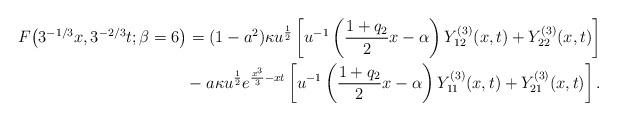
LaTeX: \begin{align*}F\big(3^{-1/3}x,3^{-2/3}t;\beta=6\big) = (1-a^2)\kappa u^{\frac{1}{2}}\left[u^{-1}\left(\frac{1+q_2}{2}x -\alpha\right)Y_{12}^{(3)}(x,t) + Y^{(3)}_{22}(x,t)\right]\\\qquad{}-a\kappa u^{\frac{1}{2}}e^{\frac{x^3}{3} - xt}\left[u^{-1}\left(\frac{1+q_2}{2}x -\alpha\right)Y_{11}^{(3)}(x,t)+Y^{(3)}_{21} (x,t) \right].\end{align*}